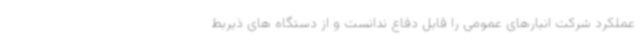
عملکرد شرکت انبارهای عمومی را قابل دفاع ندانست و از دستگاه های ذیربط